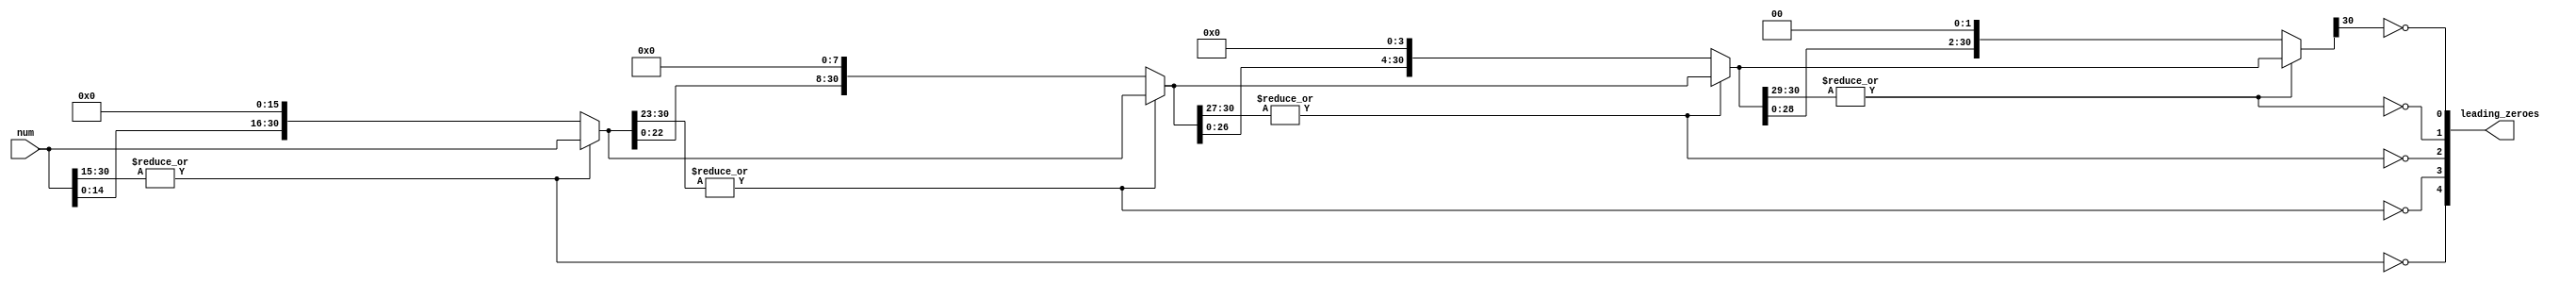
// We only need to count up to 31 leading zeroes bc highest bit is sign bit and thus not counted.
// Binary searches for the number of leading zeroes.
// Should be tested...
module clz31(
    output[4:0] leading_zeroes,
    input[30:0] num 
);
    wire lz4 = ~|{num[30:15]};          // If top 16 bits are all 0, add 16 (set 4th bit of leading_zeroes to 1s)
    wire[30:0] num4 = lz4 ? num << 16 : num;  // and then shift input over by 16
    wire lz3 = ~|{num4[30:23]};
    wire[30:0] num3 = lz3 ? num4 << 8 : num4;
    wire lz2 = ~|{num3[30:27]};
    wire[30:0] num2 = lz2 ? num3 << 4 : num3;
    wire lz1 = ~|{num2[30:29]};
    wire[30:0] num1 = lz1 ? num2 << 2 : num2;
    wire lz0 = ~num1[30];
    assign leading_zeroes = {lz4, lz3, lz2, lz1, lz0};
endmodule

// replaced all the nors with ands.
module clo31(
    output[4:0] leading_ones,
    input[30:0] num 
);
    wire lz4 = &{num[30:15]};          // If top 16 bits are all 0, add 16 (set 4th bit of leading_zeroes to 1s)
    wire[30:0] num4 = lz4 ? num << 16 : num;  // and then shift input over by 16
    wire lz3 = &{num4[30:23]};
    wire[30:0] num3 = lz3 ? num4 << 8 : num4;
    wire lz2 = &{num3[30:27]};
    wire[30:0] num2 = lz2 ? num3 << 4 : num3;
    wire lz1 = &{num2[30:29]};
    wire[30:0] num1 = lz1 ? num2 << 2 : num2;
    wire lz0 = num1[30];
    assign leading_ones = {lz4, lz3, lz2, lz1, lz0};
endmodule

module clz15(
    output[3:0] leading_zeroes,
    input[14:0] num 
);
    wire lz3 = ~|{num[14:7]};
    wire[14:0] num3 = lz3 ? num << 8 : num;
    wire lz2 = ~|{num3[14:11]};
    wire[14:0] num2 = lz2 ? num3 << 4 : num3;
    wire lz1 = ~|{num2[14:13]};
    wire[14:0] num1 = lz1 ? num2 << 2 : num2;
    wire lz0 = ~num1[14];
    assign leading_zeroes = {lz3, lz2, lz1, lz0};
endmodule

// replaced all the nors with ands.
module clo15(
    output[3:0] leading_ones,
    input[14:0] num 
);
    wire lz3 = &{num[14:7]};
    wire[14:0] num3 = lz3 ? num << 8 : num;
    wire lz2 = &{num3[14:11]};
    wire[14:0] num2 = lz2 ? num3 << 4 : num3;
    wire lz1 = &{num2[14:13]};
    wire[14:0] num1 = lz1 ? num2 << 2 : num2;
    wire lz0 = num1[14];
    assign leading_ones = {lz3, lz2, lz1, lz0};
endmodule

// module clo31_tb();
//     reg[30:0] i = 0;
//     wire[4:0] leading;
//     clo31 clo(.leading_ones(leading), .num(i));
//     integer j;

//     initial begin
//         #1;
//         $display("%b: %d", i, leading);
//         i = (1 << 30);
//         for(j = 0; j < 32; j = j + 1) begin
//             #1;
//             $display("%b: %d", i, leading);
//             i = {i[30], i[30:1]};
//         end
//         $finish;
//     end
// endmodule

// module clz31_tb();
//     reg[30:0] i = 0;
//     wire[4:0] leading_zeroes;
//     clz31 clz(.leading_zeroes(leading_zeroes), .num(i));

//     initial begin
//         #1;
//         $display("%b: %d", i, leading_zeroes);

//         for(i = 1; i != 0; i = i << 1) begin
//             #1;
//             $display("%b: %d", i, leading_zeroes);
//         end

//         for(i = 17; i != 0; i = i << 1) begin
//             #1;
//             $display("%b: %d", i, leading_zeroes);
//         end

//         $finish;
//     end
// endmodule